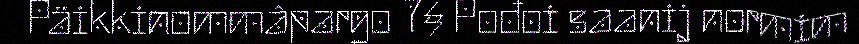
Päikkinommâpargo 7§ Pođoi saanij normim